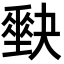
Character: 𡚆